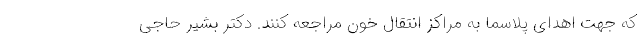
که جهت اهدای پلاسما به مراکز انتقال خون مراجعه کنند. دکتر بشیر حاجی